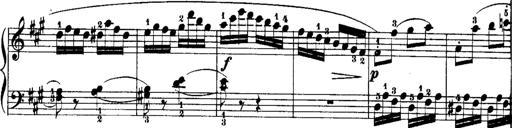
Title: Rondos and Sonatinas for Pianoforte
Composer: Daniel Steibelt